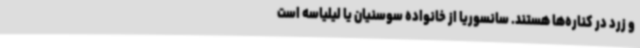
و زرد در کناره‌ها هستند. سانسوریا از خانواده سوسنیان یا لیلیاسه است